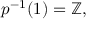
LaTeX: p ^ { - 1 } ( 1 ) = \mathbb { Z } ,